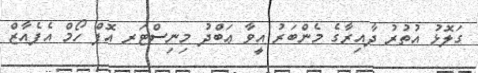
ގަލޮޅު އުތުރު ދާއިރާގެ މެންބަރު އީވާ ޢަބްދު މިނިސްޓަރ އޮފް ހޯމް އެފެއާޒް